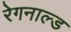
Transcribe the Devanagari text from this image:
रेगनाल्ड